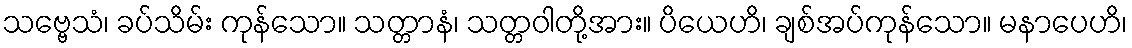
သဗ္ဗေသံ၊ ခပ်သိမ်း ကုန်သော။ သတ္တာနံ၊ သတ္တဝါတို့အား။ ပိယေဟိ၊ ချစ်အပ်ကုန်သော။ မနာပေဟိ၊